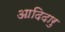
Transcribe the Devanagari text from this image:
आदिदारु